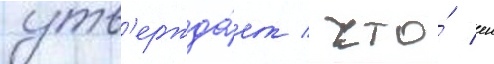
утв'ержда́ет / что́ еи